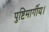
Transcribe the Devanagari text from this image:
पुष्टिमार्गीय।